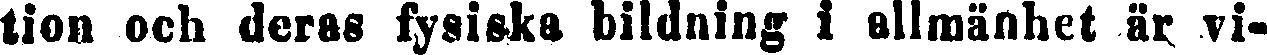
tion och deras fysiska bildning i allmänhet är vi-